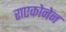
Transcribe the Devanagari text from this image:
राएकोनेन